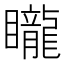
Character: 矓